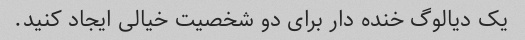
یک دیالوگ خنده دار برای دو شخصیت خیالی ایجاد کنید.